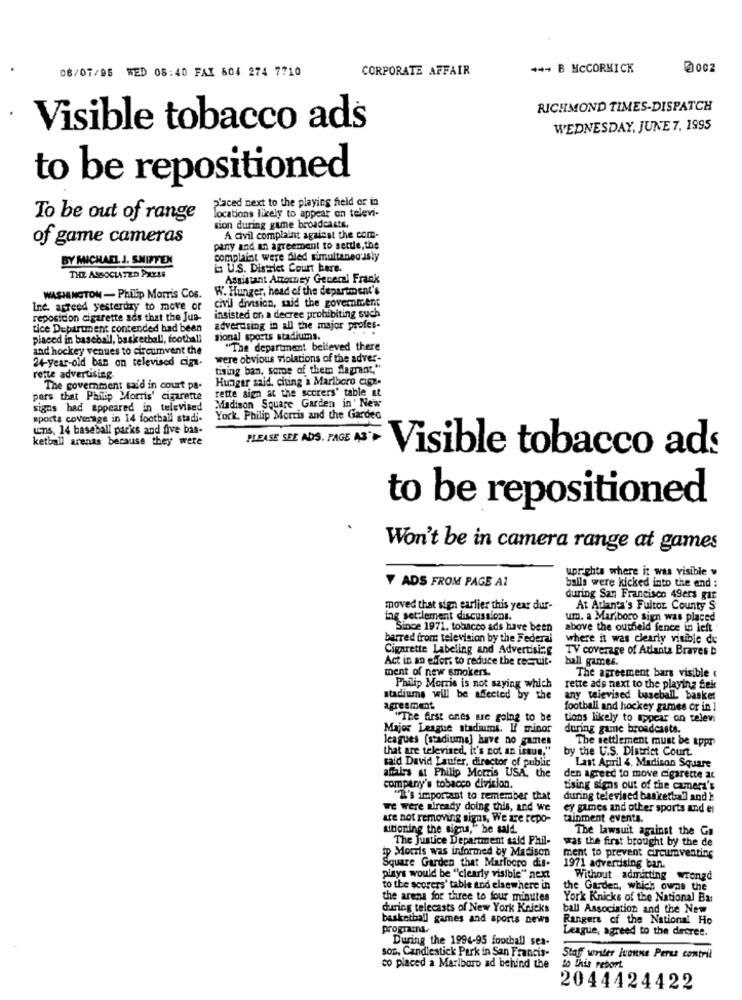
08/07/95 WED 08:40 FAI 604 274 7710
CORPORATE AFFAIR
*** B MCCORMICK
RICHMOND TIMES-DISPATCH
Visible tobacco ads
WEDNESDAY, JUNE 7, 1995
to be repositioned
2'aced next to the playing field or in
To be out of range
locations likely to appear on televi-
sion during game broadcasts,
of game cameras
A civil complaint against the com-
pany and an agreement to settle,the
BY MICHAEL J. SHIFTEN
complaint were fled simultaneously
in U.S. District Court here.
THE ASSOCIATED PAYAS
Assistant Attorney General Frank
W. Hunger, head of the department's
WASHINGTON - Philip Morris Cos.
Ine. agreed yesterday to move or
civil division, said the government
reposicion cigarette ads that the Jus-
insisted on a decree prohibiting such
tice Department contended had been
advertising in all the major profes-
placed in baseball, basketball, foothall
sional sports stadiums.
and hockey venues to circumvent the
"The department believed there
24-year-old ban on televised cim-
were obvious violations of the adver-
tising ban, some of them flagrant,
rette advertising.
Hunger said, citing a Marlboro cigz.
The government said in court pa-
rette sign at the scorers' table at
pors that Philip Morris' cigarette
signs had appeared in televised
Madison Square Garden in' New
sports coverage in 14 football stadi.
York, Philip Morris and the Garden
uns, 14 baseball parks and five bas-
ketball arenas because they were
PLEASE SEE ADS. PAGE AS"
Visible tobacco ads
to be repositioned
Won't be in camera range at games
uprights where it was visible »
Y ADS FROM PAGE AZ
balls were kicked into the end :
during San Francisco 49ers gar
moved that sign earlier this year dur-
At Atlanta's Fulton County S
lag settlement discussions.
um, a Marlboro sign was placed
Since 1971. tobacco ads have been
above the outheld fence in left
barred from television by the Federal
where it was clearly visible du
Cigarette Labeling and Advertising
TV coverage of Atlanta Braves b
Act in an effort to reduce the recruit.
ball games.
ment of new smokers
The agreement bars visible (
Philip Morris is not saying which
rette ads next to the playing fek
stadiums will be affected by the
any televised baseball basket
agreement
football and hockey games or in
"The first ones are going to be
tions likely to appear on televi
Major League stadiums. If minor
during game broadcasts.
leagues [stadiuma] have no games
that are televised, it's not an issue."
by the U.S. District Court
The settlement must be appr
said David Lanfer, director of public
Last April 4, Madison Square
affairs at Philip Morris USA, the
den agreed to move cigarette ac
company's tobacco division.
tising signs out of the camera's
"I's important to remember that
during televised basketball and }
we were already doing this, and we
ey games and other sports and es
are not removing signs, We are repo-
tainment events.
sitioning the signs," he sald.
The lawsuit against the Ga
The Justice Department said Phil-
was the first brought by the de
ip Morris was informed by Madison
Square Garden that Mariooro dis-
ment to prevent circumventing
1971 adverdsing ban.
plays would be ""clearly visible" next
Without admitting wrongd
to the scorers' table and elsewhere in
the Garden, which owns the
the arena for three to four minutes
York Knicks of the National Bar
during telecasts of New York Knicks
ball Association and the New
basketball games and sports news
Rangers of the National Ho
prograins.
League, agreed to the decree.
During the 1994-95 football sea-
son, Candlestick Park in San Francis-
Staff writer ivonne Perez contril
co placed a Marlboro ad behind the
to this report
2044424422